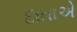
દાતાએ